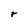
Character: r